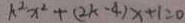
k ^ { 2 } x ^ { 2 } + ( 2 k - 4 ) x + 1 = 0